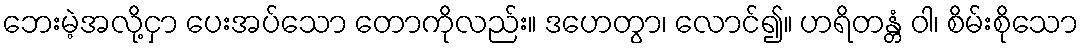
ဘေးမဲ့အလို့ငှာ ပေးအပ်သော တောကိုလည်း။ ဒဟေတွာ၊ လောင်၍။ ဟရိတန္တံ ဝါ၊ စိမ်းစိုသော